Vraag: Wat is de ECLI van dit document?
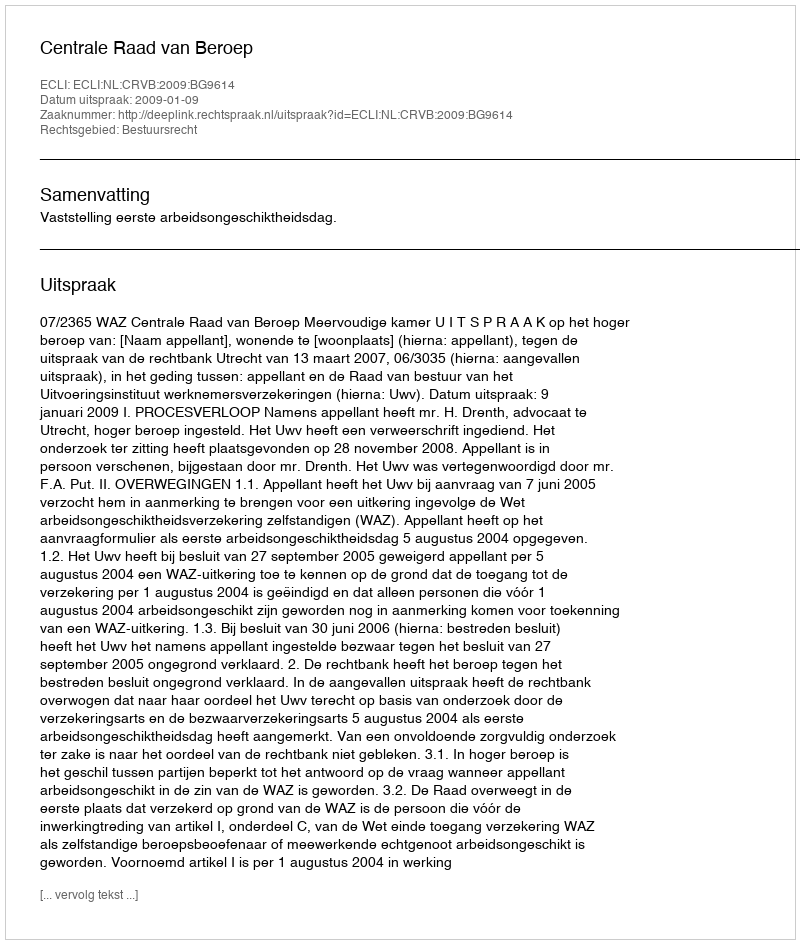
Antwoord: ECLI:NL:CRVB:2009:BG9614